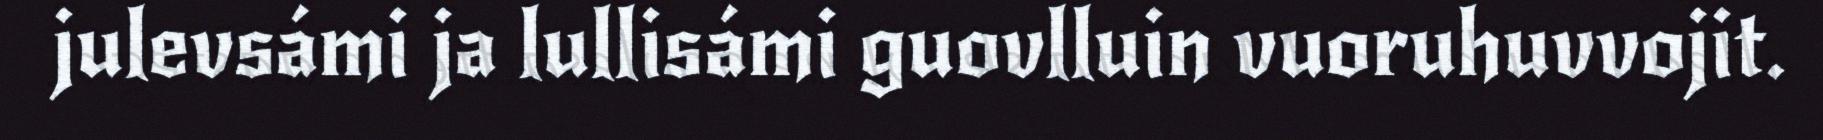
julevsámi ja lullisámi guovlluin vuoruhuvvojit.